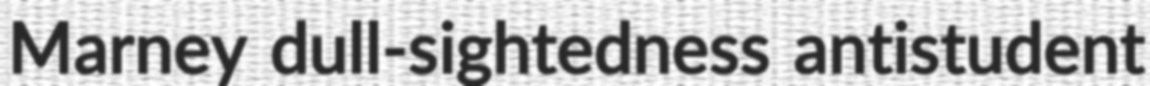
Marney dull-sightedness antistudent